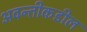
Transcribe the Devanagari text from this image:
अवन्तीकडील